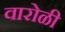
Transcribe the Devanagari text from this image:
वारोळी